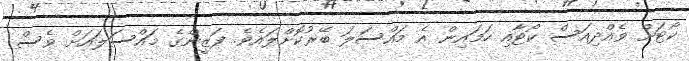
ކޯޓަށް ވެއްދިއަސް ކޯޓާއި ހަމައިން އެ މައްސަލަ ބޭރުކޮށްލައެވެ. ފަޒީންގެ މައްސަލައަށް ވެސް